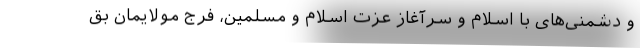
و دشمنی‌های با اسلام و سرآغاز عزت اسلام و مسلمین، فرج مولایمان بق